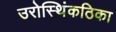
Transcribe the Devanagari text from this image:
उरोस्थिंकठिका